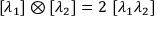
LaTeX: [ \lambda _ { 1 } ] \otimes [ \lambda _ { 2 } ] = 2 \ [ \lambda _ { 1 } \lambda _ { 2 } ]